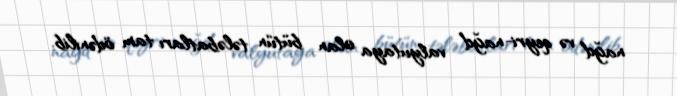
nağd və qeyri-nağd valyutaya olan bütün tələbatları tam ödənilib.